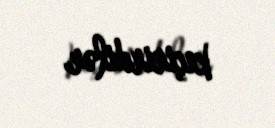
keçirirdilər.